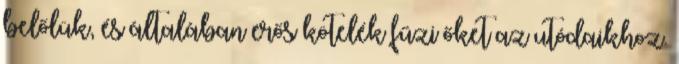
belőlük, és általában erős kötelék fűzi őket az utódaikhoz.